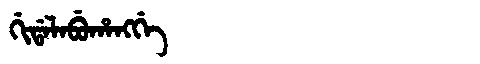
Manchu: ᡤᡳᡩᠠᠯᠠᠪᡠᡥᠠᠩᡤᡝ
Romanization: GIDALABUHANGGE